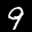
Label: 9